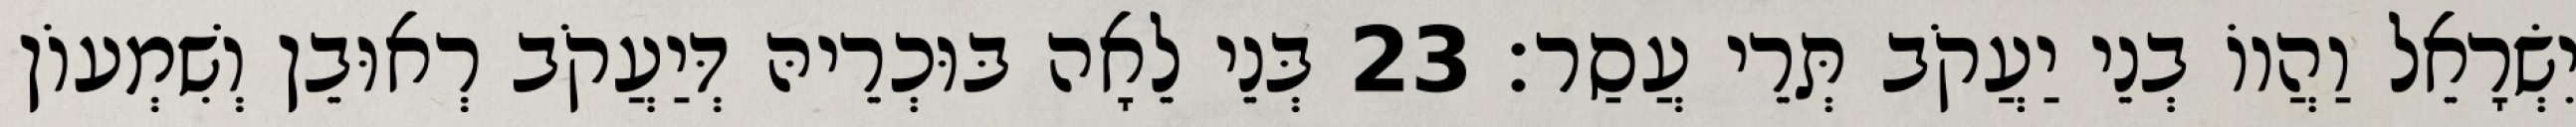
יִשְׂרָאֵל וַהֲווֹ בְנֵי יַעֲקֹב תְּרֵי עֲסַר׃ 23 בְּנֵי לֵאָה בּוּכְרֵיהּ דְּיַעֲקֹב רְאוּבֵן וְשִׁמְעוֹן